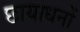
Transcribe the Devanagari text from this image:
छायाधनों